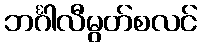
ဘင်္ဂါလီမွတ်စလင်